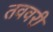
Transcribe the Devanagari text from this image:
तववरी